Report on the bubonic plague in Bombay, 1896-1897
Year: 1896
Disease focus: Plague
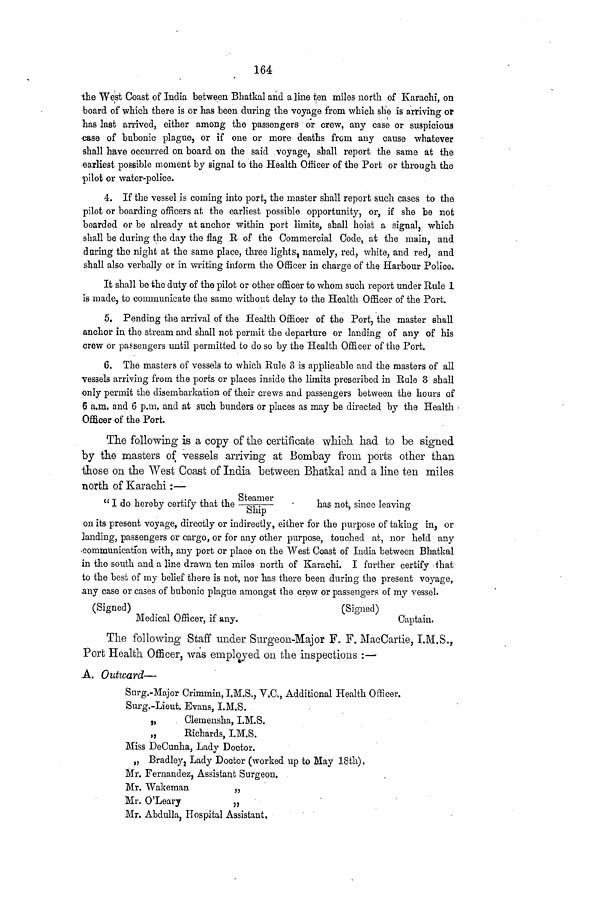
164
the West Coast of India between Bhatkal and a line ten miles north of Karachi, on
board of which there is or has been during the voyage from which she is arriving or
has last arrived, either among the passengers or crew, any case or suspicious
case of bubonic plague, or if one or more deaths from any cause whatever
shall have occurred on board on the said voyage, shall report the same at the
earliest possible moment by signal to the Health Officer of the Port or through the
pilot or water-police.
4. If the vessel is coming into port, the master shall report such cases to the
pilot or boarding officers at the earliest possible opportunity, or, if she be not
boarded or be already at anchor within port limits, shall hoist a signal, which
shall be during the day the flag B of the Commercial Code, at the main, and
during the night at the same place, three lights, namely, red, white, and red, and
shall also verbally or in writing inform the Officer in charge of the Harbour Police.
It shall be the duty of the pilot or other officer to whom such report under Rule 1
is made, to communicate the same without delay to the Health Officer of the Port.
5. Pending the arrival of the Health Officer of the Port, the master shall
anchor in the stream and shall not permit the departure or landing of any of his
crew or passengers until permitted to do so by the Health Officer of the Port.
6. The masters of vessels to which Rule 3 is applicable and the masters of all
vessels arriving from the ports or places inside the limits prescribed in Rule 3 shall
only permit the disembarkation of their crews and passengers between the hours of
6 a.m. and 6 p.m. and at such bunders or places as may be directed by the Health ·
Officer of the Port.
The following is a copy of the certificate which had to be signed
by the masters of vessels arriving at Bombay from ports other than
those on the West Coast of India between Bhatkal and a line ten miles
north of Karachi :—
" I do hereby certify that the Ship
Steamer
has not, since leaving
on its present voyage, directly or indirectly, either for the purpose of taking in, or
landing, passengers or cargo, or for any other purpose, touched at, nor held any
communication with, any port or place on the West Coast of India between Bhatkal
in the south and a line drawn ten miles north of Karachi. I further certify that
to the best of my belief there is not, nor has there been during the present voyage,
any case or cases of bubonic plague amongst the crew or passengers of my vessel.
(Signed)
(Signed)
Medical Officer, if any.
Captain.
The following Staff under Surgeon-Major F. F. MacCartie, I.M.S.,
Port Health Officer, was employed on the inspections :—
A. Outward—
Surg.-Major Crimmin, I.M.S., V.C., Additional Health Officer.
Surg.-Lieut. Evans, I.M.S.
,,
Clemensha, I.M.S.
„
Richards, I.M.S.
Miss DeCunha, Lady Doctor.
„ Bradley, Lady Doctor (worked up to May 18th).
Mr. Fernandez, Assistant Surgeon.
Mr. Wakeman
„
Mr. O'Leary
„
Mr. Abdulla, Hospital Assistant.